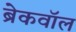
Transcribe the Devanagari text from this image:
ब्रेकवॉल